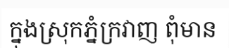
ក្នុងស្រុកភ្នំក្រវាញ ពុំមាន